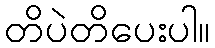
တိပဲတိပေးပါ။